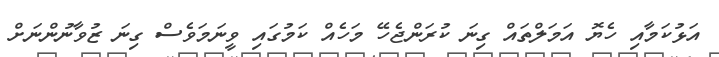
އަޅުކަމާއި ހެޔޮ އަމަލްތައް ގިނަ ކުރަންޖެހޭ މަހެއް ކަމުގައި ވީނަމަވެސް ގިނަ ޒުވާނުންނަށް